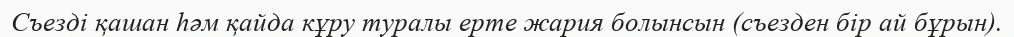
Съезді қашан һәм қайда кұру туралы ерте жария болынсын (съезден бір ай бұрын).